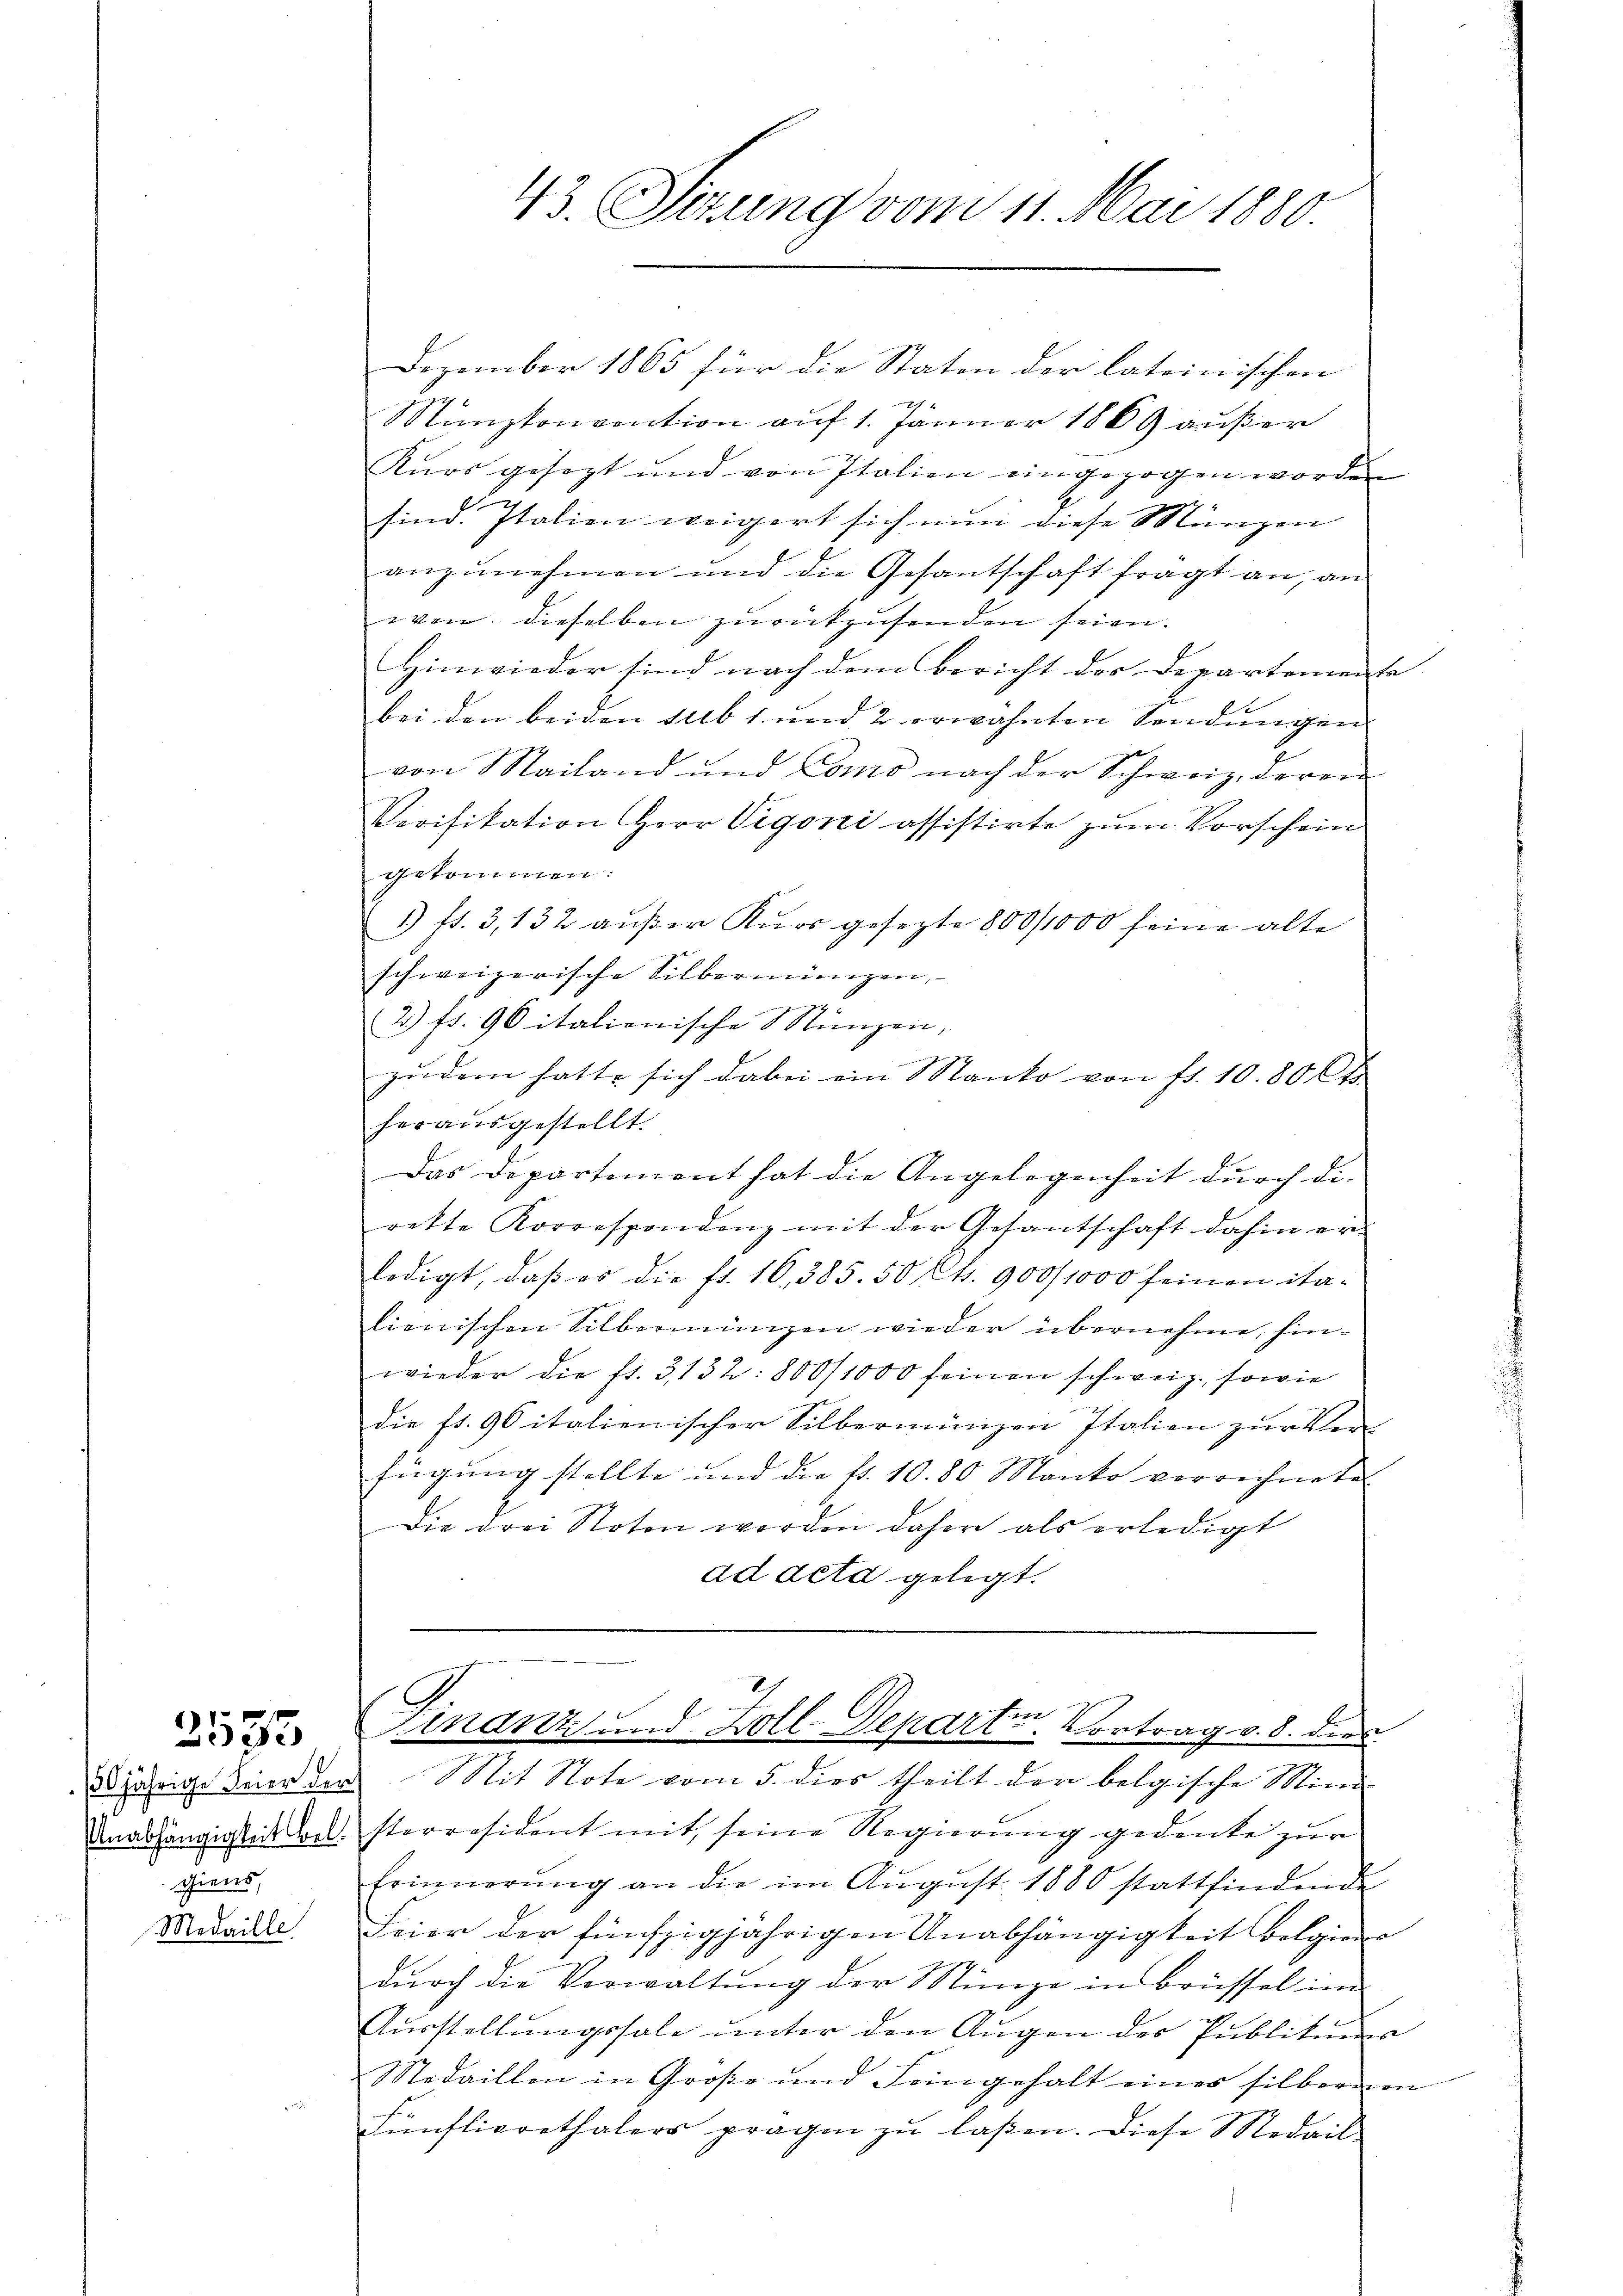
2535

Anabhängigkeit bel.
giens,

Dezember 1865 für die Staten der lateinischen
Münzkonvention auf 1. Jänner 1869 außer
Kŭrs gesezt und von Italien eingezogen worden
sind. Italien weigert sich nun diese Münzen
anzunehmen und die Gesantschaft fragt an, an
wen dieselben zurückzusenden seien.
Hinwieder sind nach dem Bericht des Departemente
bei den beiden sub 1 und 2 erwähnten Sendungen
von Mailand und Como nach der Schweiz, deren
Verifikation Herr Vigoni assistirte zum Vorschein
gekommen.
1) f. 3, 132 außer Kurs gesezte 800/1000 seine alte
schweizerische Silbermingen,
2) fr. 90 italienische Münzen,
zudem hatte sich dabei ein Manko von fl. 10.80 Ct.
herausgestellt.
Das Departement hat die Angelegenheit dŭrch die
rekte Korrespondenz mit der Gesantschaft dahin er-
ledigt, daβ es die fr. 16,385. 50 Cts. 900/1000 feinen ita-
lienischen Silbermünzen wieder übernehme, hinwieder die fl. 3, 132: 800/1000 feinen schweiz. sowie
die fr. 90 italienischer Silbermingen Italien zur Ver
fügung stellte und die fr. 10. 80 Manko verrechnete
Die drei Noten werden daher als erledigt
ad deta gelegt.

43. Sitzung vom 11. Mai 1880.

Finanz und Zoll-Departen, Vortrag v. 8. dies
2jährige Weier der Mit Note vom 5. dies theilt der belgische Mind

sterresident mit seine Regierung gedenke zur
Erinnerŭng an die im Aŭgŭst 1880 stattfindende
Medaill. Feier der fünfzigjährigen Anabhängigkeit belgien
durch die Verwaltung der Münze in Brüssel im
Aŭsstellŭngssale ŭnter den Augen des Publikums
Medaillon in Große und Feingehalt eines silbernen
Fünfticrethalers pragen zŭ laßen. Diese Medail-